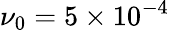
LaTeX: \nu_{0}=5\times 10^{-4}